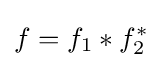
f=f_{1}*f_{2}^{*}